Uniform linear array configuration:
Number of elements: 64
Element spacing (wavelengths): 0.75
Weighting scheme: hamming
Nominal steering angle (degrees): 45
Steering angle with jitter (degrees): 43.024
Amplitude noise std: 0.05
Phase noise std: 0.05

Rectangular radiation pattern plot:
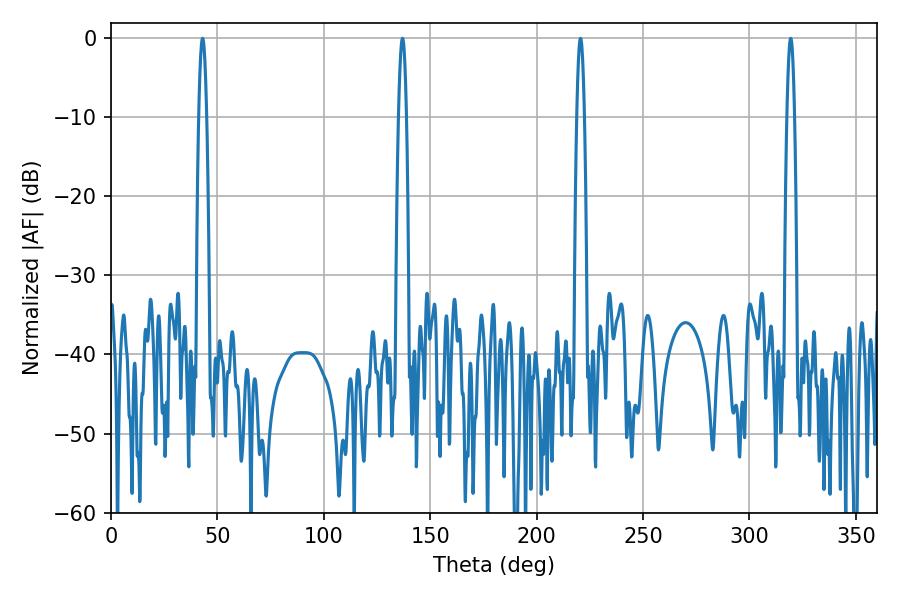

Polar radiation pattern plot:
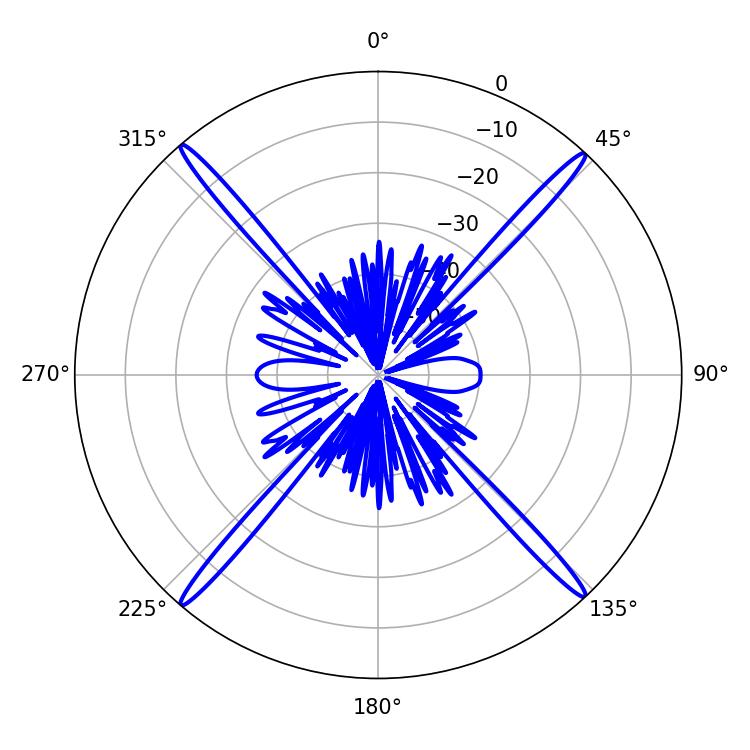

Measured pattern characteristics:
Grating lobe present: TRUE
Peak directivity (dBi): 26.672
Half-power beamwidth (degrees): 1.98
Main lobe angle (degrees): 43.02